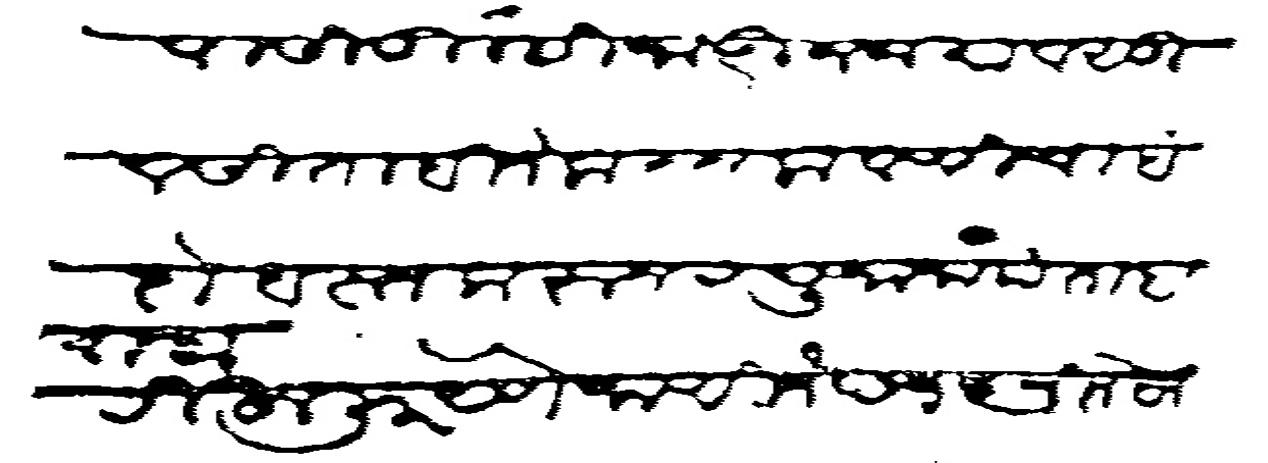
Transliteration (Devanagari): पाटलापासी तुम्ही जाऊन जमा वसुल सिताबीने करून लावणीचा बंदोबस्त करून रघुनाथ पंता बराबरी हुजूर येणे जाणीजे छ १९ जिल्हेज